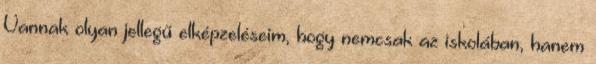
Vannak olyan jellegű elképzeléseim, hogy nemcsak az iskolában, hanem